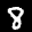
Label: 8